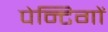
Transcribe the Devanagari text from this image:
पेन्टिगों